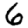
Digit: 6